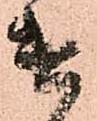
遣